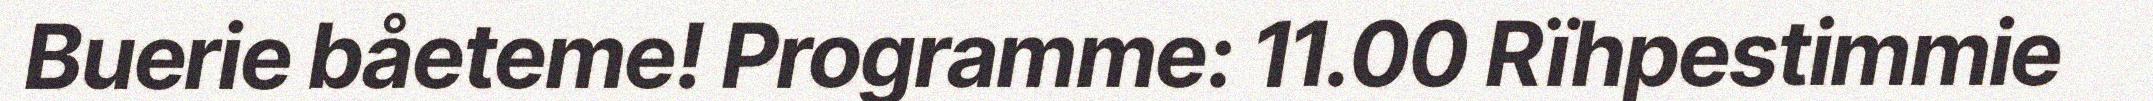
Buerie båeteme! Programme: 11.00 Rïhpestimmie